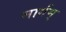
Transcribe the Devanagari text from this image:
मार्गम्‌